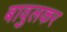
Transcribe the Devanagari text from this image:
बावुलकर